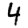
Digit: 4